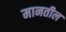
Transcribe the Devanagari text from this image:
मानतील